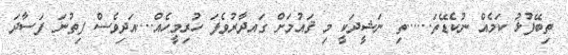
ތިބޭފުޅު ކަމެއް ނުކެޑޭތަ......ތި ނަޝީދަކީ މި ޤައުމަށް ގައދާރުވެފަ ހުރިމީހެއް....އަދިވެސް ފިތުނަ ފަސާދަ